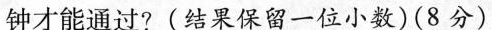
钟才能通过?(结果保留一位小数)(8分)